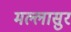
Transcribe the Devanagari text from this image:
मल्लासुर